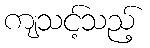
ကျသင့်သည့်